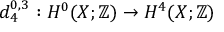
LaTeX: d _ { 4 } ^ { 0 , 3 } : H ^ { 0 } ( X ; \mathbb { Z } ) \to H ^ { 4 } ( X ; \mathbb { Z } )